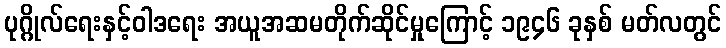
ပုဂ္ဂိုလ်ရေးနှင့်ဝါဒရေး အယူအဆမတိုက်ဆိုင်မှုကြောင့် ၁၉၄၆ ခုနှစ် မတ်လတွင်